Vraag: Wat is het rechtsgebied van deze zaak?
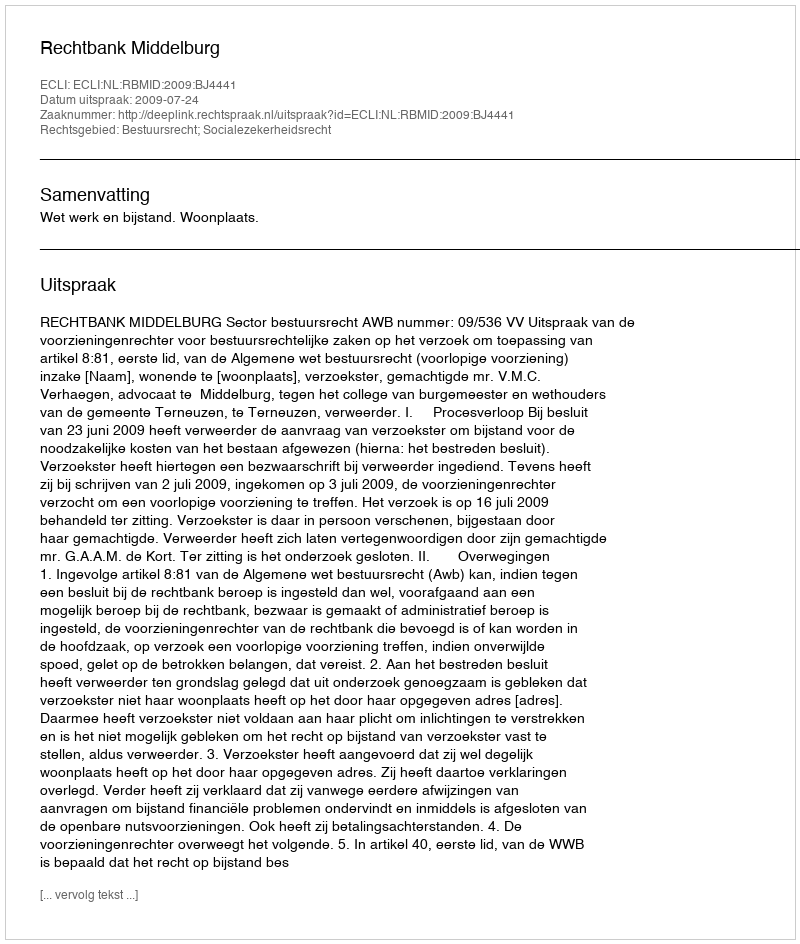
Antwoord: Bestuursrecht; Socialezekerheidsrecht